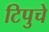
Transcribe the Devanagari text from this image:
टिपुचे